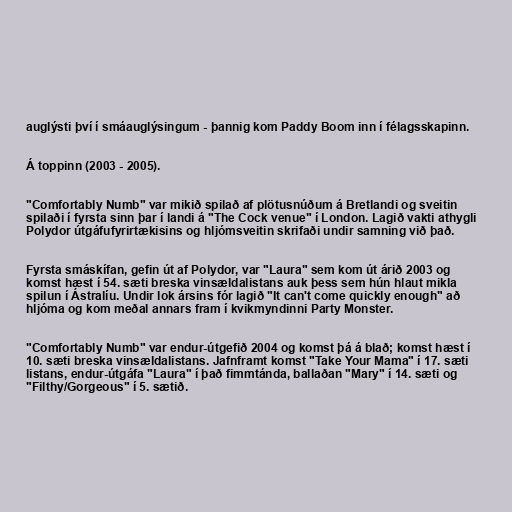
auglýsti því í smáauglýsingum - þannig kom Paddy Boom inn í félagsskapinn.

Á toppinn (2003 - 2005).

"Comfortably Numb" var mikið spilað af plötusnúðum á Bretlandi og sveitin
spilaði í fyrsta sinn þar í landi á "The Cock venue" í London. Lagið vakti athygli
Polydor útgáfufyrirtækisins og hljómsveitin skrifaði undir samning við það.

Fyrsta smáskífan, gefin út af Polydor, var "Laura" sem kom út árið 2003 og
komst hæst í 54. sæti breska vinsældalistans auk þess sem hún hlaut mikla
spilun í Ástralíu. Undir lok ársins fór lagið "It can't come quickly enough" að
hljóma og kom meðal annars fram í kvikmyndinni Party Monster.

"Comfortably Numb" var endur-útgefið 2004 og komst þá á blað; komst hæst í
10. sæti breska vinsældalistans. Jafnframt komst "Take Your Mama" í 17. sæti
listans, endur-útgáfa "Laura" í það fimmtánda, ballaðan "Mary" í 14. sæti og
"Filthy/Gorgeous" í 5. sætið.